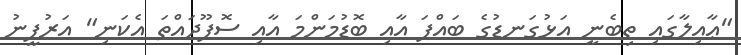
"ޢާއިލާގައި ތިބެނީ އަޅުގަނޑުގެ ބައްޕަ އާއި ބޮޑުމަންމަ އާއި ސޮފޫދައްތަ އެކަނި" އަރުފީނު